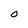
Character: O